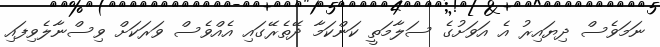
ނަމަވެސް ދިޔައިރު އެ އަވަށުގެ ސަލާމަތީ ކަންކަމާ ދޭތެރޭގައި އެއްވެސް ވަރަކަށް ވިސްނާލެވިފައި